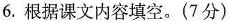
6.根据课文内容填空。(7分)